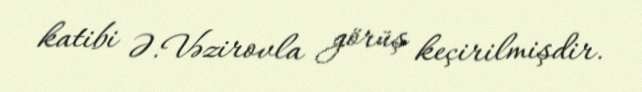
katibi Ə.Vəzirovla görüş keçirilmişdir.